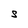
Character: S